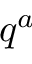
q ^ { a }